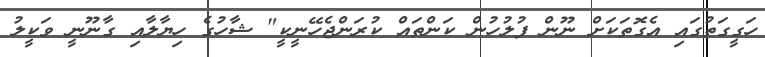
ހަގީގަތުގައި އެގޮތަކަށް ނޫން ފުލުހުން ކަންތައް ކުރަންޖެހޭނީކީ" ޝާހުގެ ހިޔާލާއި ގާނޫނީ ވަކީލު